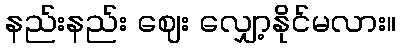
နည်းနည်း ဈေး လျှော့နိုင်မလား။